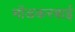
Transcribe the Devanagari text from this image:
मोंडकरबाई